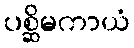
ပစ္ဆိမကာယံ